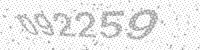
Solution: 092259